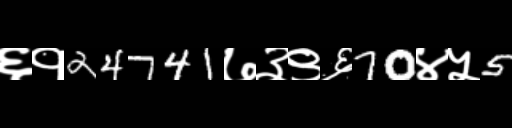
Text: ६१24741७३९६70४५5